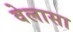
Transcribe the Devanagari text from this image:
वेलासा